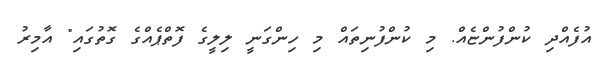
އުފެއްދި ކުންފުންޏެއް. މި ކުންފުނިތައް މި ހިންގަނީ ލިލީގެ ފޮތްޕެއްގެ ގޮތުގައި" އާމިރު